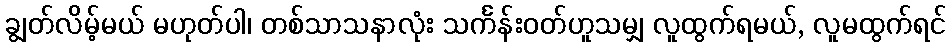
ချွတ်လိမ့်မယ် မဟုတ်ပါ၊ တစ်သာသနာလုံး သင်္ကန်းဝတ်ဟူသမျှ လူထွက်ရမယ်, လူမထွက်ရင်